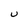
Character: U